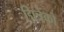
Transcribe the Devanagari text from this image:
द्मित्रेंको